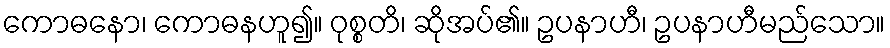
ကောဓနော၊ ကောဓနဟူ၍။ ဝုစ္စတိ၊ ဆိုအပ်၏။ ဥပနာဟီ၊ ဥပနာဟီမည်သော။